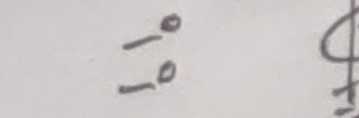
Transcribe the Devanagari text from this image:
-१०